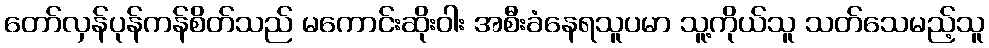
တော်လှန်ပုန်ကန်စိတ်သည် မကောင်းဆိုးဝါး အစီးခံနေရသူပမာ သူ့ကိုယ်သူ သတ်သေမည့်သူ